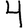
Digit: 4